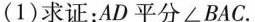
(1)求证：AD平分∠BAC.